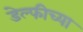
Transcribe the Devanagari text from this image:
डेल्फीच्या